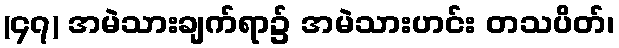
(၄၇) အမဲသားချက်ရာ၌ အမဲသားဟင်း တသပိတ်၊